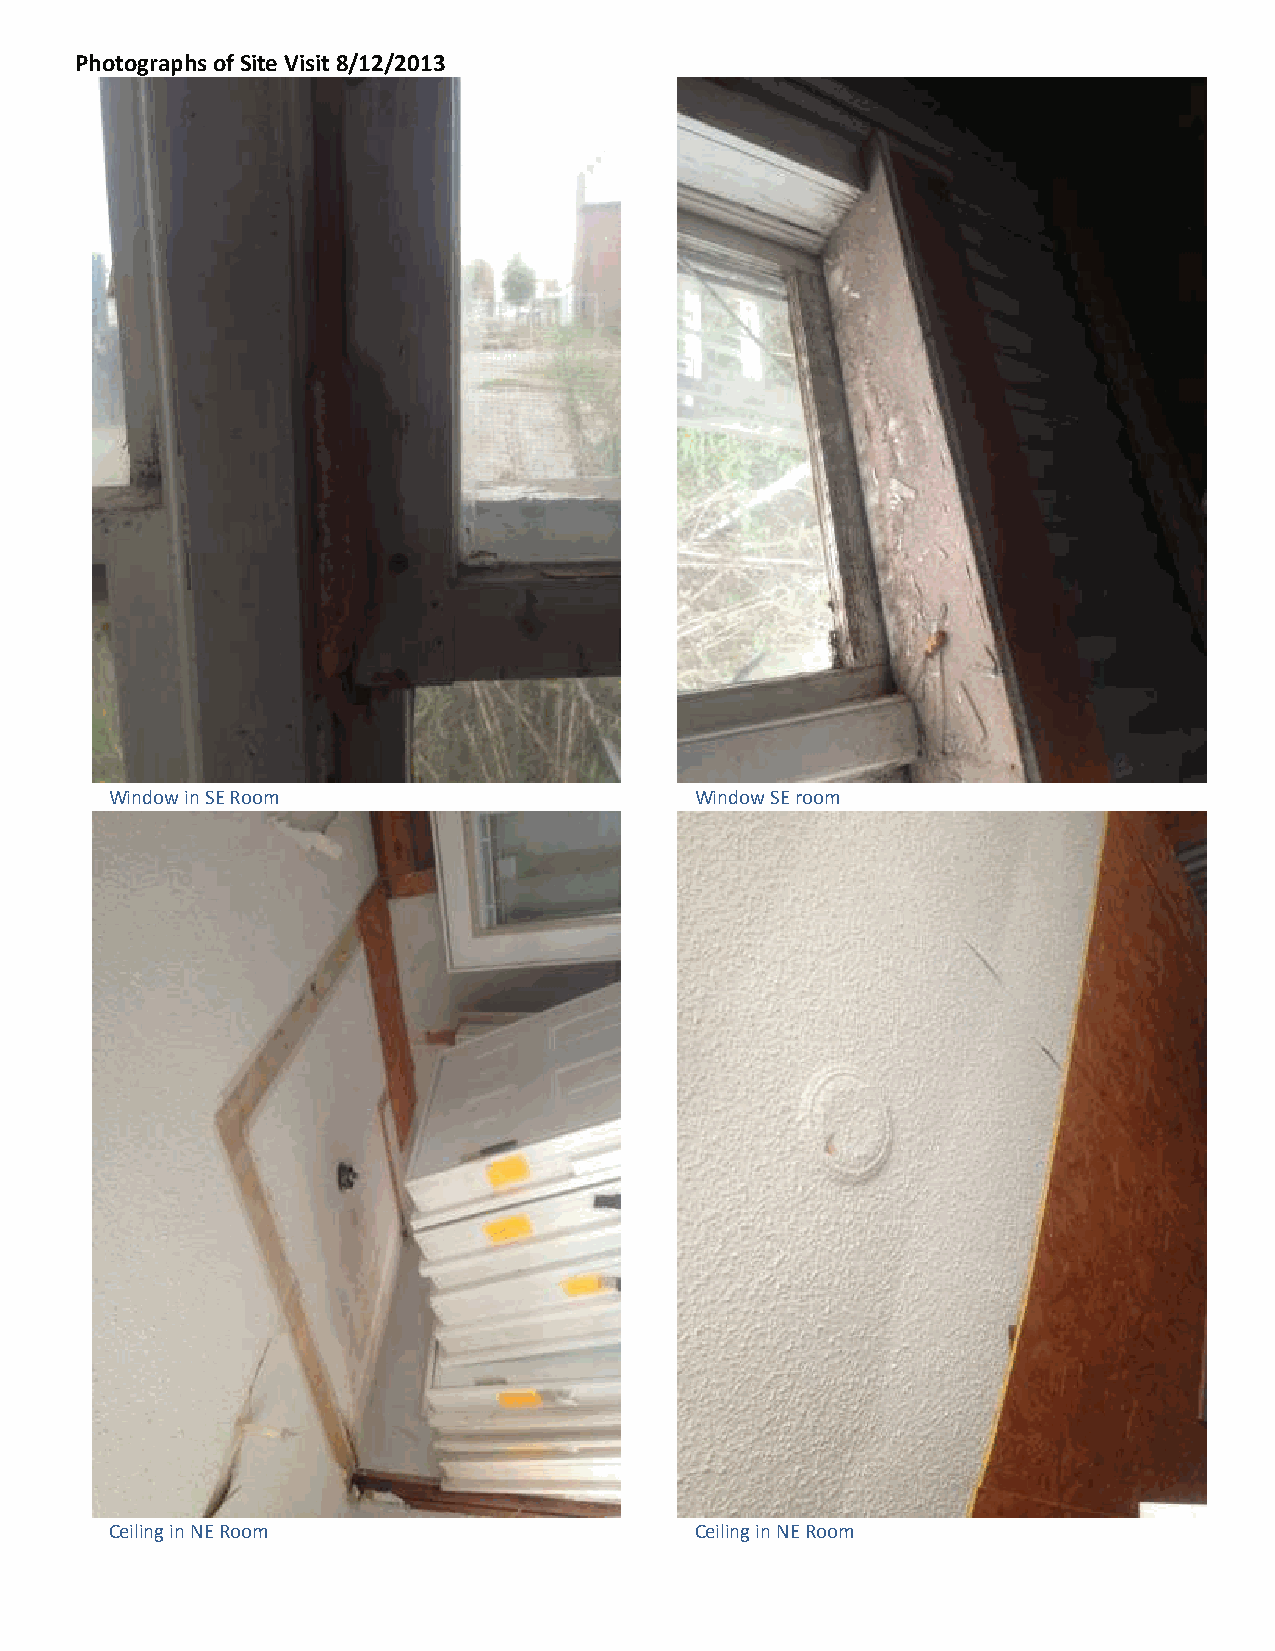
Photographs of Site Visit 8/12/2013
 Window in SE Room                      Window SE room
 Ceiling in NE Room                     Ceiling in NE Room